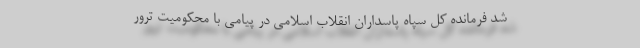
شد فرمانده کل سپاه پاسداران انقلاب اسلامی در پیامی با محکومیت ترور